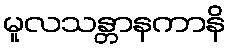
မူလသန္တာနကာနိ